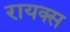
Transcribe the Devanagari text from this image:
रायक्स